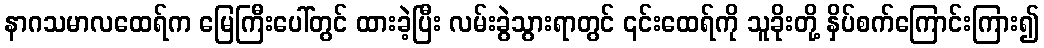
နာဂသမာလထေရ်က မြေကြီးပေါ်တွင် ထားခဲ့ပြီး လမ်းခွဲသွားရာတွင် ၎င်းထေရ်ကို သူခိုးတို့ နှိပ်စက်ကြောင်းကြား၍